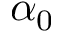
\alpha _ { 0 }